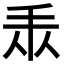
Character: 𢪐